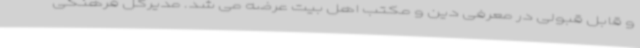
و قابل قبولی در معرفی دین و مکتب اهل بیت عرضه می شد. مدیرکل فرهنگی